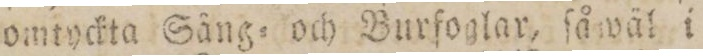
omtyckta Sång= och Burfoglar, ſåwäl i